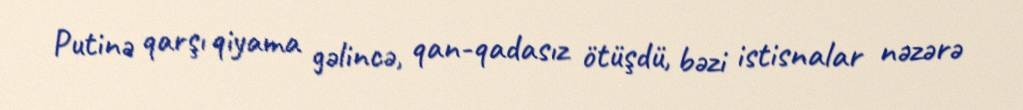
Putinə qarşı qiyama gəlincə, qan-qadasız ötüşdü, bəzi istisnalar nəzərə